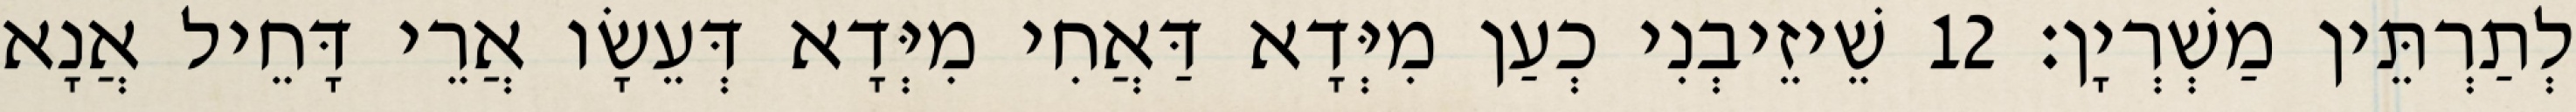
לְתַרְתֵּין מַשְׁרְיָן׃ 12 שֵׁיזֵיבְנִי כְעַן מִיְּדָא דַּאֲחִי מִיְּדָא דְּעֵשָׂו אֲרֵי דָּחֵיל אֲנָא